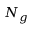
N _ { g }